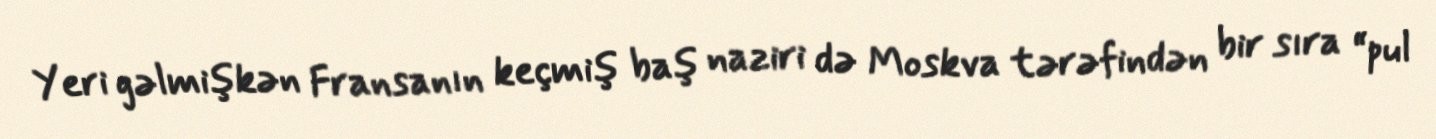
Yeri gəlmişkən Fransanın keçmiş baş naziri də Moskva tərəfindən bir sıra “pul